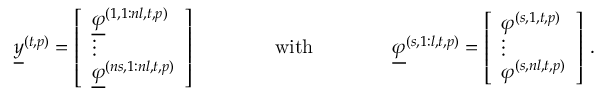
\begin{array} { r } { \underline { { y } } ^ { ( t , p ) } = \left[ \begin{array} { l } { \underline { { \varphi } } ^ { ( 1 , 1 : n l , t , p ) } } \\ { \vdots } \\ { \underline { { \varphi } } ^ { ( n s , 1 : n l , t , p ) } } \end{array} \right] \qquad \qquad \mathrm { w i t h } \qquad \qquad \underline { { \varphi } } ^ { ( s , 1 : l , t , p ) } = \left[ \begin{array} { l } { \varphi ^ { ( s , 1 , t , p ) } } \\ { \vdots } \\ { \varphi ^ { ( s , n l , t , p ) } } \end{array} \right] \, . } \end{array}